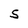
Character: S